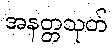
အနတ္တသုတ်